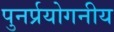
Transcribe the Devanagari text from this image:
पुनर्प्रयोगनीय